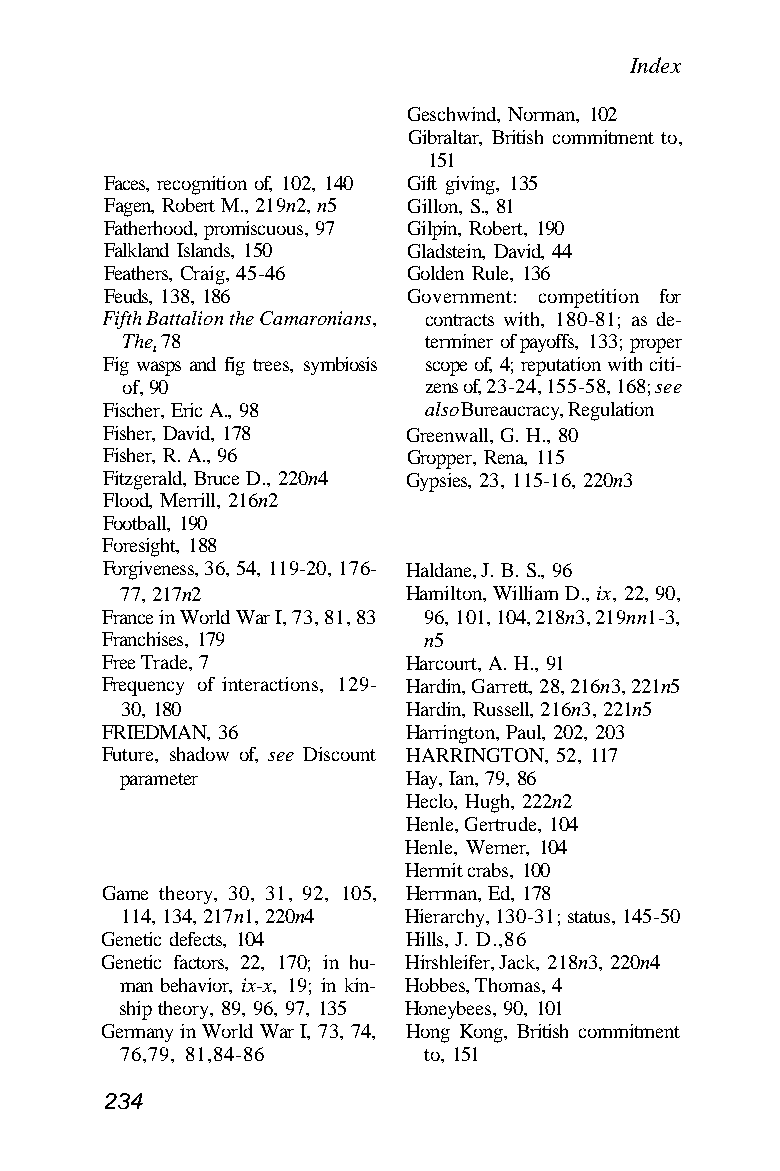
Index
 Geschwind, Norman, 102
 Gibraltar, British commitment to,
 151
 Faces, recognition of, 102, 140 Gift giving, 135
 Fagen, Robert M., 219n2, n5 Gillon, S., 81
 Fatherhood, promiscuous, 97 Gilpin, Robert, 190
 Falkland Islands, 150 Gladstein, David, 44
 Feathers, Craig, 45-46 Golden Rule, 136
 Feuds, 138, 186     Government: competition for
 Fifth Battalion the Camaronians, contracts with, 180-81; as de-
 The, 78             terminer of payoffs, 133; proper
 Fig wasps and fig trees, symbiosis scope of, 4; reputation with citi-
 of, 90              zens of, 23-24, 155-58, 168; see
 Fischer, Eric A., 98 also Bureaucracy, Regulation
 Fisher, David, 178  Greenwall, G. H., 80
 Fisher, R. A., 96   Gropper, Rena, 115
 Fitzgerald, Bruce D., 220n4 Gypsies, 23, 115-16, 220n3
 Flood, Merrill, 216n2
 Football, 190
 Foresight, 188
 Forgiveness, 36, 54, 119-20, 176- Haldane, J. B. S., 96
 77, 217n2          Hamilton, William D., ix, 22, 90,
 France in World War I, 73, 81, 83 96, 101, 104, 218n3, 219nn1-3,
 Franchises, 179      n5
 Free Trade, 7       Harcourt, A. H., 91
 Frequency of interactions, 129- Hardin, Garrett, 28, 216n3, 221n5
 30, 180            Hardin, Russell, 216n3, 221n5
 FRIEDMAN, 36        Harrington, Paul, 202, 203
 Future, shadow of, see Discount HARRINGTON, 52, 117
 parameter          Hay, Ian, 79, 86
 Heclo, Hugh, 222n2
 Henle, Gertrude, 104
 Henle, Werner, 104
 Hermit crabs, 100
 Game theory, 30, 31, 92, 105, Herrman, Ed, 178
 114, 134, 217n1, 220n4 Hierarchy, 130-31; status, 145-50
 Genetic defects, 104 Hills, J. D.,86
 Genetic factors, 22, 170; in hu- Hirshleifer, Jack, 218n3, 220n4
 man behavior, ix-x, 19; in kin- Hobbes, Thomas, 4
 ship theory, 89, 96, 97, 135 Honeybees, 90, 101
 Germany in World War I, 73, 74, Hong Kong, British commitment
 76,79, 81,84-86     to, 151
 234